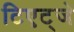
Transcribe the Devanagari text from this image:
टिएट्जे